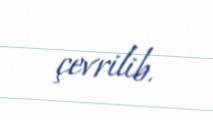
çevrilib.